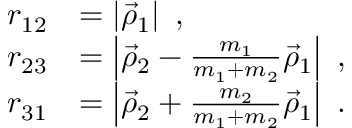
\begin{array} { r l } { r _ { 1 2 } } & { = \left| \vec { \rho } _ { 1 } \right| ~ , } \\ { r _ { 2 3 } } & { = \left| \vec { \rho } _ { 2 } - \frac { m _ { 1 } } { m _ { 1 } + m _ { 2 } } \vec { \rho } _ { 1 } \right| ~ , } \\ { r _ { 3 1 } } & { = \left| \vec { \rho } _ { 2 } + \frac { m _ { 2 } } { m _ { 1 } + m _ { 2 } } \vec { \rho } _ { 1 } \right| ~ . } \end{array}